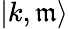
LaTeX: {|k,\mathfrak{m}\rangle}